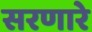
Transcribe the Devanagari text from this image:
सरणारे